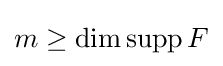
m\geq \dim \operatorname {supp} F